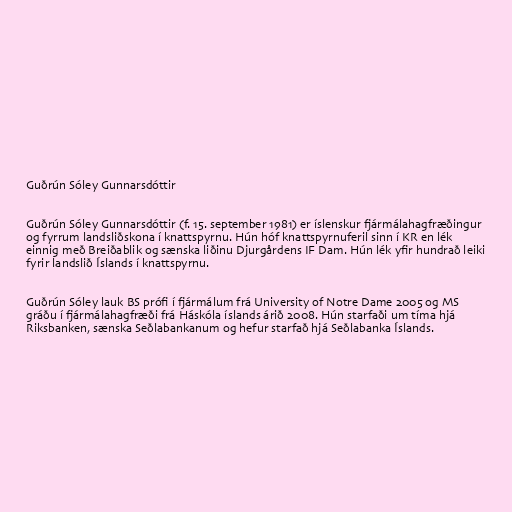
Guðrún Sóley Gunnarsdóttir

Guðrún Sóley Gunnarsdóttir (f. 15. september 1981) er íslenskur fjármálahagfræðingur
og fyrrum landsliðskona í knattspyrnu. Hún hóf knattspyrnuferil sinn í KR en lék
einnig með Breiðablik og sænska liðinu Djurgårdens IF Dam. Hún lék yfir hundrað leiki
fyrir landslið Íslands í knattspyrnu.

Guðrún Sóley lauk BS prófi í fjármálum frá University of Notre Dame 2005 og MS
gráðu í fjármálahagfræði frá Háskóla íslands árið 2008. Hún starfaði um tíma hjá
Riksbanken, sænska Seðlabankanum og hefur starfað hjá Seðlabanka Íslands.